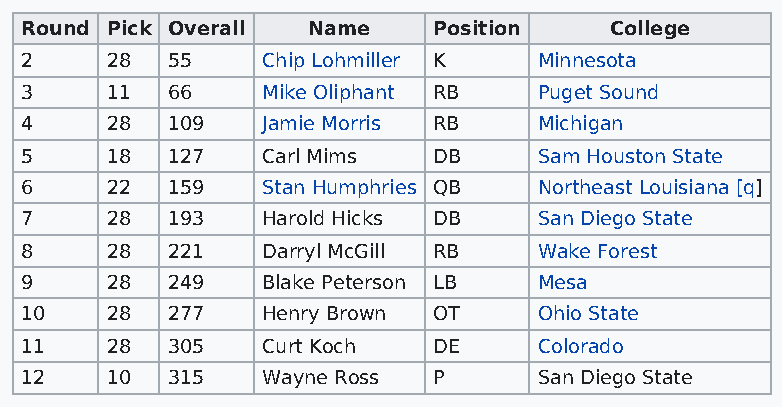
Round Pick Overall Name     Position   College
 2     28  55    Chip Lohmiller K   Minnesota
 3     11  66    Mike Oliphant RB   Puget Sound
 4     28  109   Jamie Morris RB    Michigan
 5     18  127   Carl Mims   DB     Sam Houston State
 6     22  159   Stan Humphries QB  Northeast Louisiana [q]
 7     28  193   Harold Hicks DB    San Diego State
 8     28  221   Darryl McGill RB   Wake Forest
 9     28  249   Blake Peterson LB  Mesa
 10    28  277   Henry Brown OT     Ohio State
 11    28  305   Curt Koch   DE     Colorado
 12    10  315   Wayne Ross  P      San Diego State